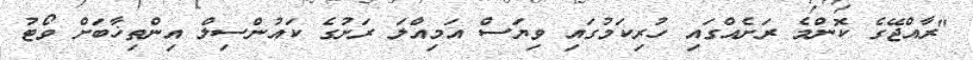
"ރާއްޖޭގެ ކޮންމެ ރަށެއްގައި ހުރިކަމުގައި ވިޔަސް އަމިއްލަ ރަށުގެ ކައުންސިލް އިންތިޚާބަށް ވޯޓު